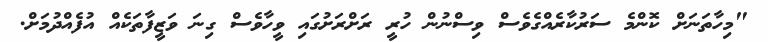
"މިހާތަނަށް ކޮންމެ ސަރުކާރެއްގެވެސް ވިސްނުން ހުރީ ރަށްރަށުގައި ވީހާވެސް ގިނަ ވަޒީފާތަކެއް އުފެއްދުމަށް.